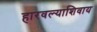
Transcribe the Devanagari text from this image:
हारवल्याशिवाय